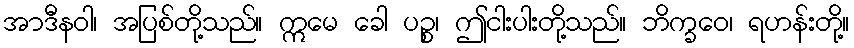
အာဒီနဝါ၊ အပြစ်တို့သည်။ ဣမေ ခေါ ပဉ္စ၊ ဤငါးပါးတို့သည်။ ဘိက္ခဝေ၊ ရဟန်းတို့။